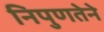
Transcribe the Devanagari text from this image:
निपुणतेने